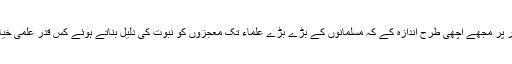
ایک سابقہ مسلمان کے طور پر مجھے اچھی طرح اندازہ کے کہ مسلمانوں کے بڑے بڑے علماء تک معجزوں کو نبوت کی دلیل بناتے ہوئے کس قدر علمی خیانت کے مرتکب ہوتے ہیں۔